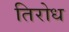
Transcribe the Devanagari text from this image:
तिरोध